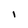
Character: I